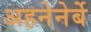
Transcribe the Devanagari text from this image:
अहनेनेर्बे